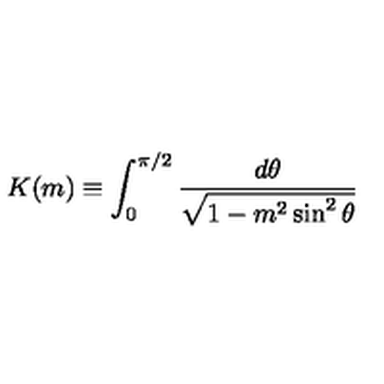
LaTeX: K ( m ) \equiv \int _ { 0 } ^ { \pi / 2 } \frac { d \theta } { \sqrt { 1 - m ^ { 2 } \sin ^ { 2 } { \theta } } } \,